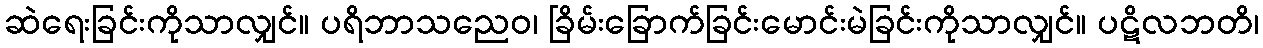
ဆဲရေးခြင်းကိုသာလျှင်။ ပရိဘာသညေဝ၊ ခြိမ်းခြောက်ခြင်းမောင်းမဲခြင်းကိုသာလျှင်။ ပဋိလဘတိ၊